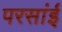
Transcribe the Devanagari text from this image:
परसांई